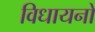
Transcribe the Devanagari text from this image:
विधायनों